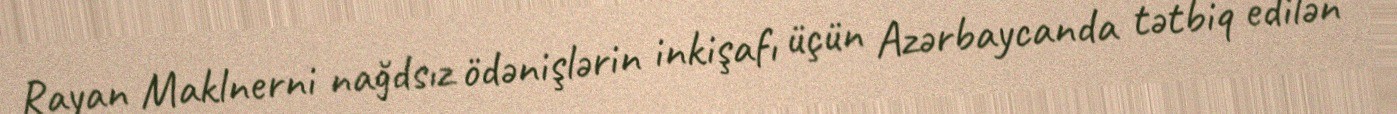
Rayan Maklnerni nağdsız ödənişlərin inkişafı üçün Azərbaycanda tətbiq edilən